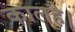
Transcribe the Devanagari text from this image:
कालहै।